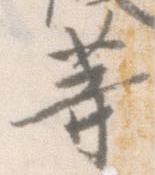
等